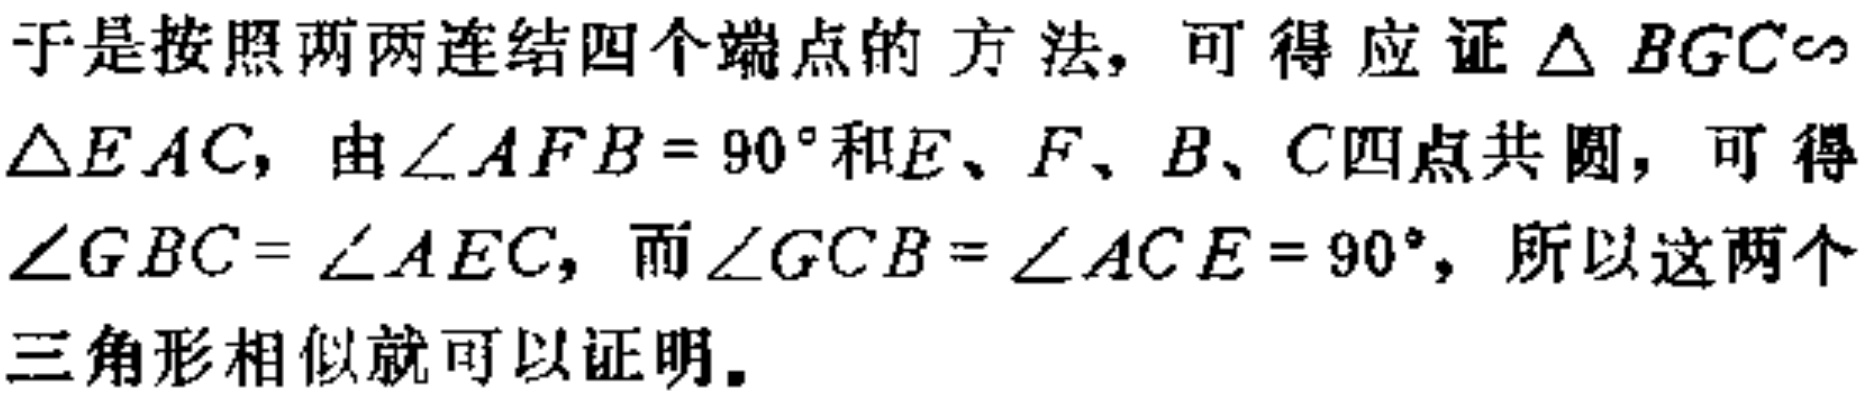
于是按照两两连结四个端点的方法，可得应证$\triangle BGC\sim\triangle EAC$，由$\angle AFB = 90^{\circ}$和$E、F、B、C$四点共圆，可得$\angle GBC = \angle AEC$，而$\angle GCB = \angle ACE = 90^{\circ}$，所以这两个三角形相似就可以证明。